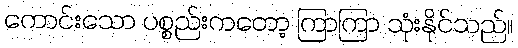
ကောင်းသော ပစ္စည်းကတော့ ကြာကြာ သုံးနိုင်သည်။